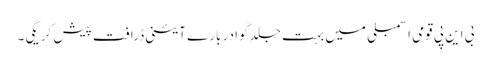
بی این پی قومی اسمبلی میں بہت جلد گوادر بارے آئینی ڈرافت پیش کر یگی۔